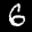
Label: 6